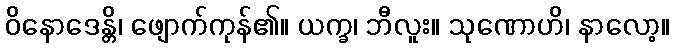
ဝိနောဒေန္တိ၊ ဖျောက်ကုန်၏။ ယက္ခ၊ ဘီလူး။ သုဏောဟိ၊ နာလော့။